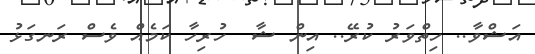
އަޝްވާ.. ހިތްވަރު ކުރޭ.. އިން ޝާ  ހުރިހާ ކަމެއް ވެސް ރަނގަޅު